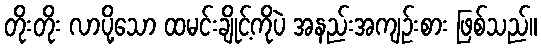
တိုးတိုး လာပို့သော ထမင်းချိုင့်ကိုပဲ အနည်းအကျဉ်းစား ဖြစ်သည်။